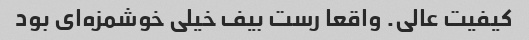
کیفیت عالی. واقعا رست بیف خیلی خوشمزه‌ای بود